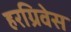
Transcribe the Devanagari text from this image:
हरग्रिवेस